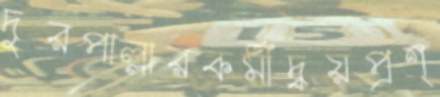
দুরপাল্লারকর্মীদ্বয়প্রশ্